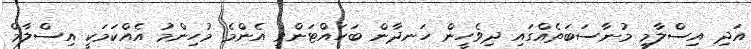
އަދި އިސްލާމީ މުނާސަބަތެއްގައި ދިވެހީން ހަނދާން ބަހައްޓަންވީ އެންމެ މުހިންމު އެއްކަމަކީ އިސްލާމް